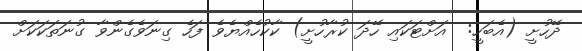
ދޭހުށީ (އެބަހީ:  އަށްޓަކައި ހޭދަ ކުރާހުށީ) ކާކުހެއްޔެވެ ފަހެ ގިނަވެގެންވާ ގުނަތަކަކަށް